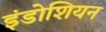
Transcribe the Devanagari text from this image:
इंडोशियन